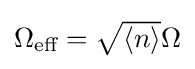
{\textstyle \Omega _{\text{eff}}={\sqrt {\langle n\rangle }}\Omega }